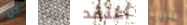
ان تريدك أعتقد مديرية